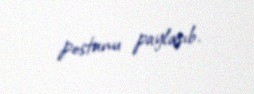
postunu paylaşıb.